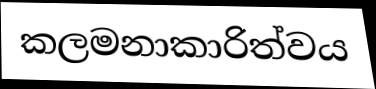
කලමනාකාරිත්වය